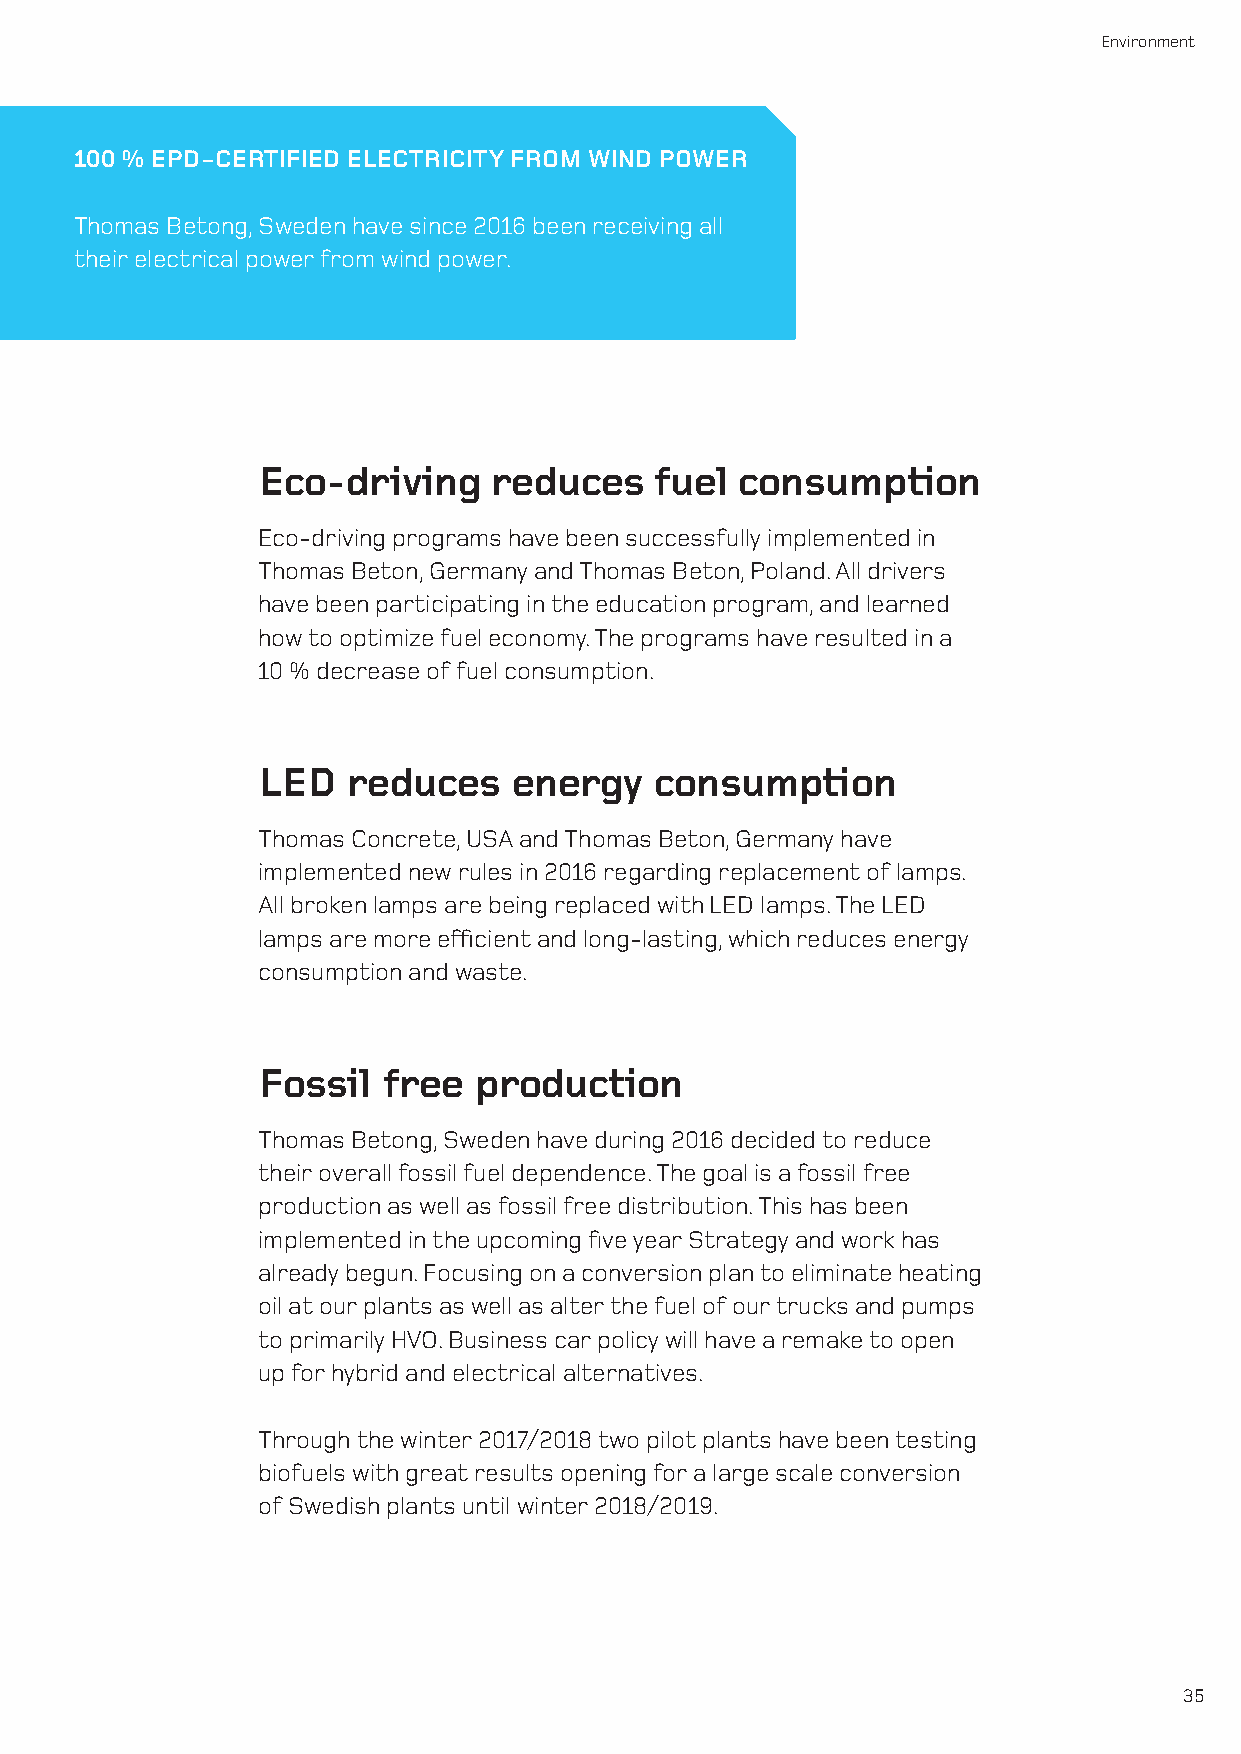
Environment
 100 % EPD-CERTIFIED ELECTRICITY FROM WIND POWER
 Thomas Betong, Sweden have since 2016 been receiving all
 their electrical power from wind power.
 Eco-driving     reduces   fuel  consumption
 Eco-driving programs have been successfully implemented in
 Thomas Beton, Germany and Thomas Beton, Poland. All drivers
 have been participating in the education program, and learned
 how to optimize fuel economy. The programs have resulted in a
 10 % decrease of fuel consumption.
 LED   reduces    energy   consumption
 Thomas Concrete, USA and Thomas Beton, Germany have
 implemented new rules in 2016 regarding replacement of lamps.
 All broken lamps are being replaced with LED lamps. The LED
 lamps are more efficient and long-lasting, which reduces energy
 consumption and waste.
 Fossil  free  production
 Thomas Betong, Sweden have during 2016 decided to reduce
 their overall fossil fuel dependence. The goal is a fossil free
 production as well as fossil free distribution. This has been
 implemented in the upcoming five year Strategy and work has
 already begun. Focusing on a conversion plan to eliminate heating
 oil at our plants as well as alter the fuel of our trucks and pumps
 to primarily HVO. Business car policy will have a remake to open
 up for hybrid and electrical alternatives.
 Through the winter 2017/2018 two pilot plants have been testing
 biofuels with great results opening for a large scale conversion
 of Swedish plants until winter 2018/2019.
 35